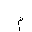
Letter: _mim